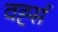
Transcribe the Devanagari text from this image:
वर्ह्स